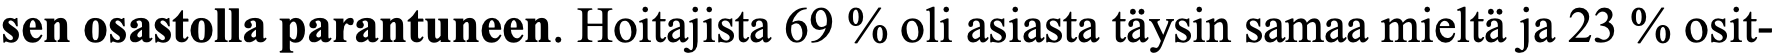
sen osastolla parantuneen. Hoitajista 69 % oli asiasta täysin samaa mieltä ja 23 % osit-